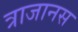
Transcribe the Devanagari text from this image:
त्राजानस